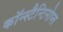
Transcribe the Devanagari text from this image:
कॉन्स्टैन्टिनोप्ल